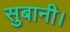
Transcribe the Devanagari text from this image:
सुबानी।